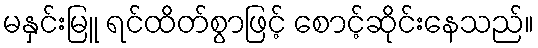
မနှင်းမြူ ရင်ထိတ်စွာဖြင့် စောင့်ဆိုင်းနေသည်။